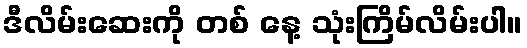
ဒီလိမ်းဆေးကို တစ် နေ့ သုံးကြိမ်လိမ်းပါ။